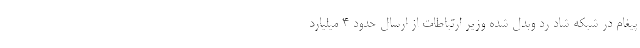
پیغام در شبکه شاد رد وبدل شده وزیر ارتباطات از ارسال حدود ۴ میلیارد